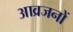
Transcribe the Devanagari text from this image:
आव्रजनों